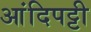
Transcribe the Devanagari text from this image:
आंदिपट्टी